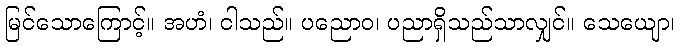
မြင်သောကြောင့်။ အဟံ၊ ငါသည်။ ပညောဝ၊ ပညာရှိသည်သာလျှင်။ သေယျော၊